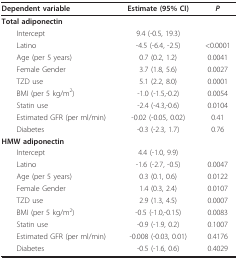
| Dependent variable | Estimate (95% CI) | P |
 | --- | --- | --- |
 | Total adiponectin |  |  |
 | Intercept | 9.4 (-0.5, 19.3) |  |
 | Latino | -4.5 (-6.4, -2.5) | <0.0001 |
 | Age (per 5 years) | 0.7 (0.2, 1.2) | 0.0041 |
 | Female Gender | 3.7 (1.8, 5.6) | 0.0027 |
 | TZD use | 5.1 (2.2, 8.0) | 0.0001 |
 | BMI (per 5 kg/m2) | -1.0 (-1.5,-0.2) | 0.0054 |
 | Statin use | -2.4 (-4.3,-0.6) | 0.0104 |
 | Estimated GFR (per ml/min) | -0.02 (-0.05, 0.02) | 0.41 |
 | Diabetes | -0.3 (-2.3, 1.7) | 0.76 |
 | HMW adiponectin |  |  |
 | Intercept | 4.4 (-1.0, 9.9) |  |
 | Latino | -1.6 (-2.7, -0.5) | 0.0047 |
 | Age (per 5 years) | 0.3 (0.1, 0.6) | 0.0122 |
 | Female Gender | 1.4 (0.3, 2.4) | 0.0107 |
 | TZD use | 2.9 (1.3, 4.5) | 0.0007 |
 | BMI (per 5 kg/m2) | -0.5 (-1.0,-0.15) | 0.0083 |
 | Statin use | -0.9 (-1.9, 0.2) | 0.1007 |
 | Estimated GFR (per ml/min) | -0.008 (-0.03, 0.01) | 0.4176 |
 | Diabetes | -0.5 (-1.6, 0.6) | 0.4029 |